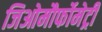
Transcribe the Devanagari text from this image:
जिओमौर्फोमेट्री